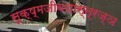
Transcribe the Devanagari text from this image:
सूक्ष्मजीवशास्त्रज्ञ